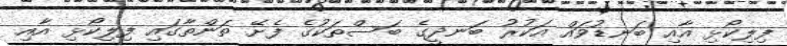
ފިލިކޯޅި އާއި ބަނޑުވައް އަކުރު ބަނދީގެ ބަސްތަކުގެ ފެށޭ ތަންތާގައި ފިލިކޯޅި އާއި